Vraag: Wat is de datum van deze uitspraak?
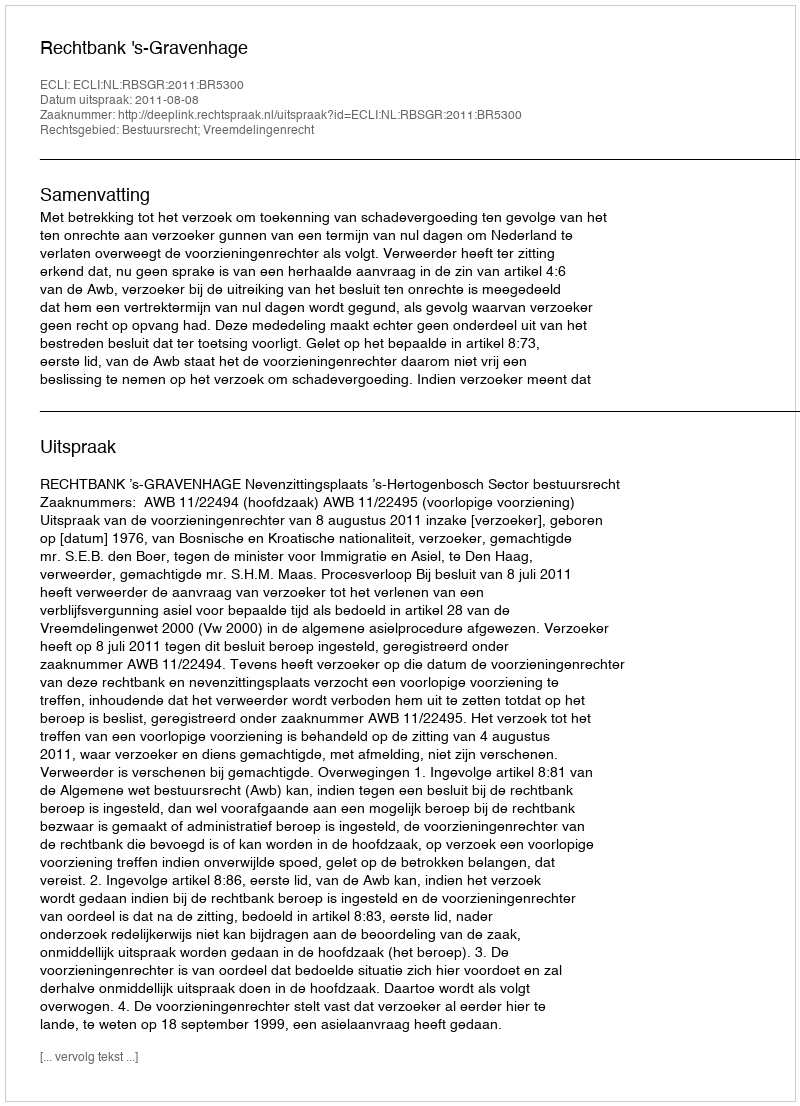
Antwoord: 2011-08-08